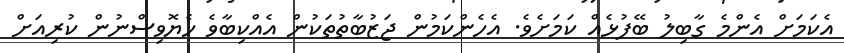
އެކަމަށް އެންމެ ގާބިލު ބޭފުޅެއް ކަމަށެވެ. އެހެންކަމުން ޖަޒުބާތުތަކުން އެއްކިބާވެ ހެޔޮވިސްނުން ކުރިއަށް